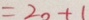
= 2 0 + 1